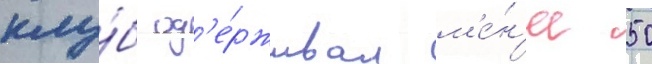
клу́б од'е́рживал м'е́н'ее 50